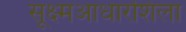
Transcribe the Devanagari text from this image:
सूक्ष्मआधारशिला